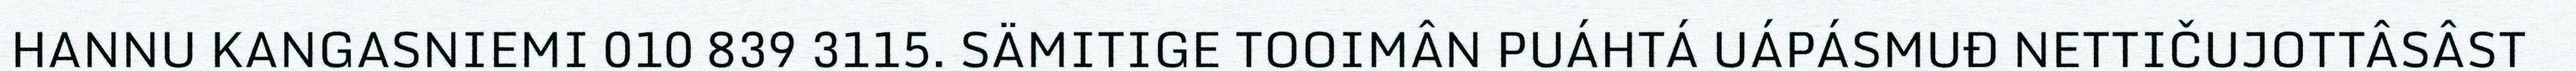
HANNU KANGASNIEMI 010 839 3115. SÄMITIGE TOOIMÂN PUÁHTÁ UÁPÁSMUĐ NETTIČUJOTTÂSÂST